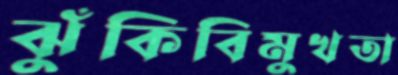
ঝুঁকিবিমুখতা